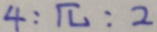
4 : \pi : 2